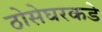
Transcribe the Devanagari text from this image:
ठोसेघरकडे